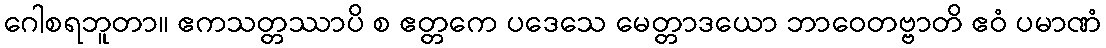
ဂေါစရဘူတာ။ ဧကသတ္တဿာပိ စ ဧတ္တကေ ပဒေသေ မေတ္တာဒယော ဘာဝေတဗ္ဗာတိ ဧဝံ ပမာဏံ